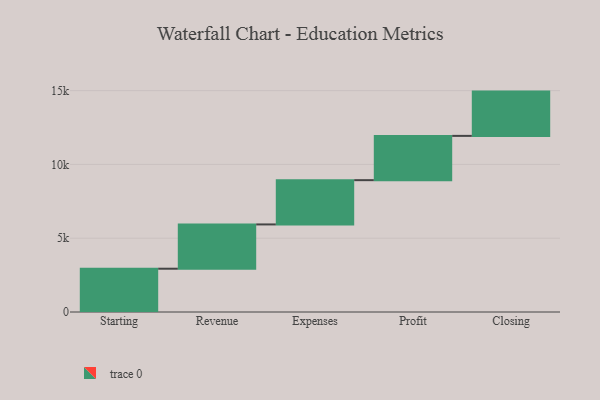
{"axis": {"x": "Step", "y": "Value"}, "legend": [""], "data": [{"x": "Starting", "y": 2933.0, "type": ""}, {"x": "Revenue", "y": 3000, "type": ""}, {"x": "Expenses", "y": 3000, "type": ""}, {"x": "Profit", "y": 3000, "type": ""}, {"x": "Closing", "y": 3000, "type": ""}]}